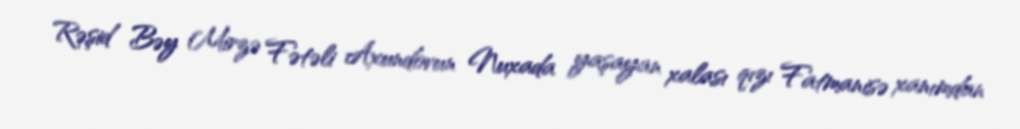
Rəşid Bəy Mirzə Fətəli Axundovun Nuxada yaşayan xalası qızı Fatmanisə xanımdan